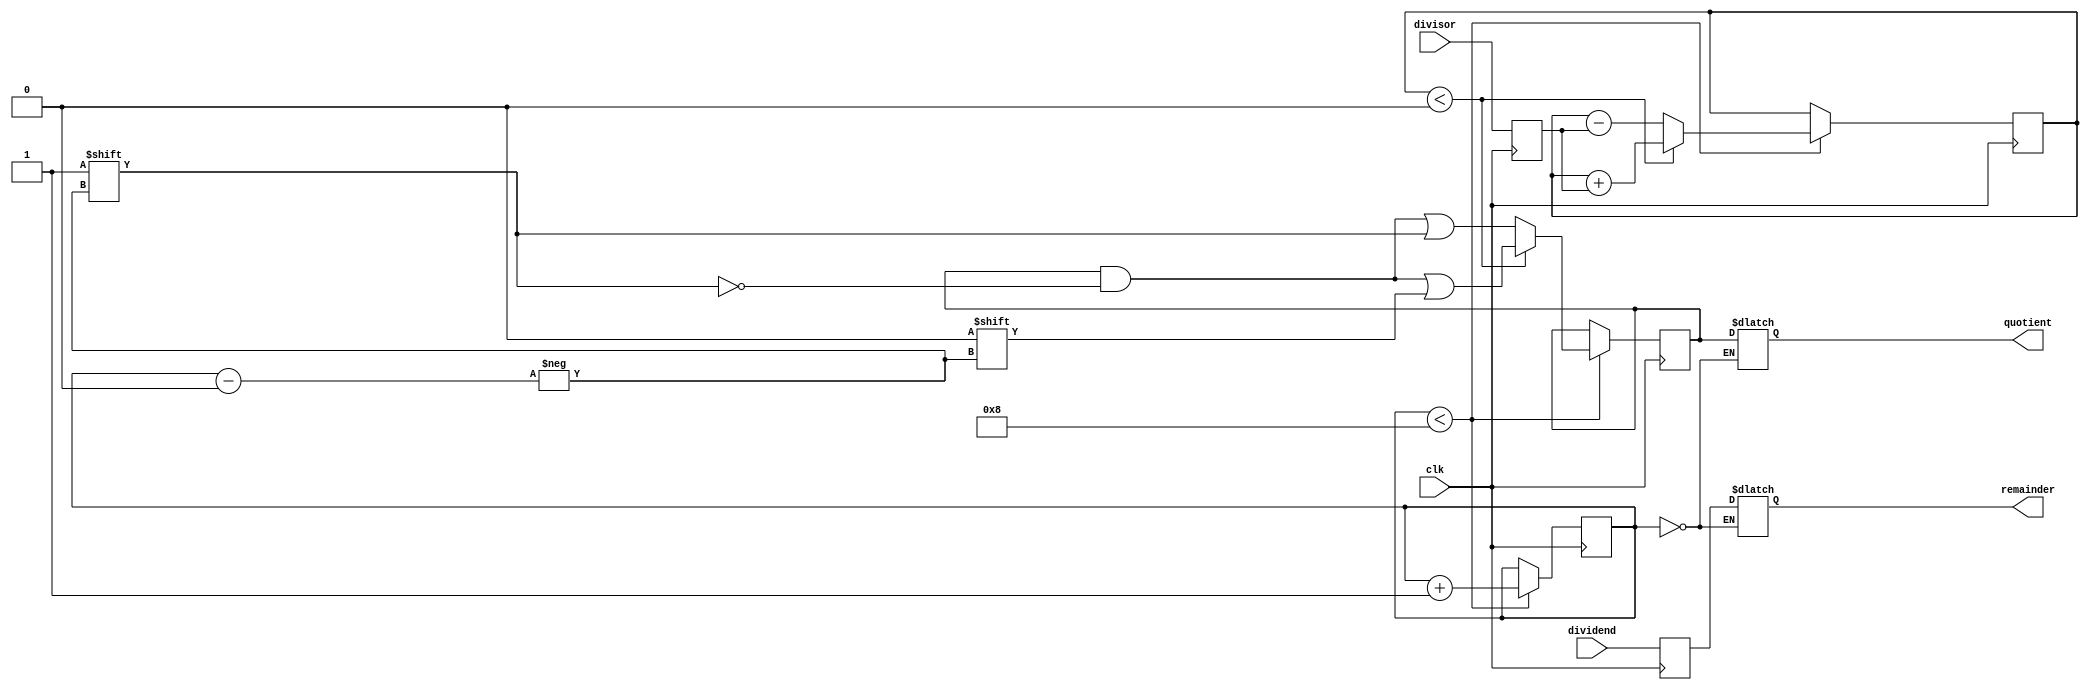
module restoring_division (
  input wire clk,
  input wire [7:0] dividend,
  input wire [7:0] divisor,
  output reg [7:0] quotient,
  output reg [7:0] remainder
);
  reg [7:0] dividend_reg;
  reg [7:0] divisor_reg;
  reg [7:0] quotient_reg;
  reg [7:0] remainder_reg;
  reg [3:0] count;

  always @(posedge clk) begin
    dividend_reg <= dividend;
    divisor_reg <= divisor;
    if (count < 8) begin
      remainder_reg <= remainder_reg - divisor_reg;
      count <= count + 1;
      if (remainder_reg < 0) begin
        remainder_reg <= remainder_reg + divisor_reg;
        quotient_reg[count] <= 1'b0;
      end else begin
        quotient_reg[count] <= 1'b1;
      end
    end
  end

  always @(dividend, clk) begin
    if (count == 0) begin
      quotient <= quotient_reg;
      remainder <= dividend_reg;
    end
  end
endmodule